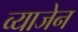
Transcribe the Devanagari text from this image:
व्याजेन